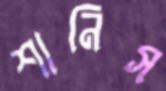
শানিস